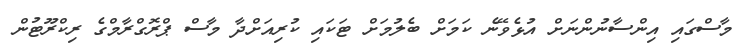
މާސްގައި އިންސާނުންނަށް އުޅެވޭނެ ކަަމަށް ބެލުމަށް ޓަކައި ކުރިއަށްދާ މާސް ޕްރޮގްރާމްގެ ރިކްރޫޓުން